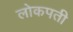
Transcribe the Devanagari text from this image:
लोकपती